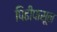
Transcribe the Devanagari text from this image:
पिढीपासून